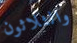
والثلاثون